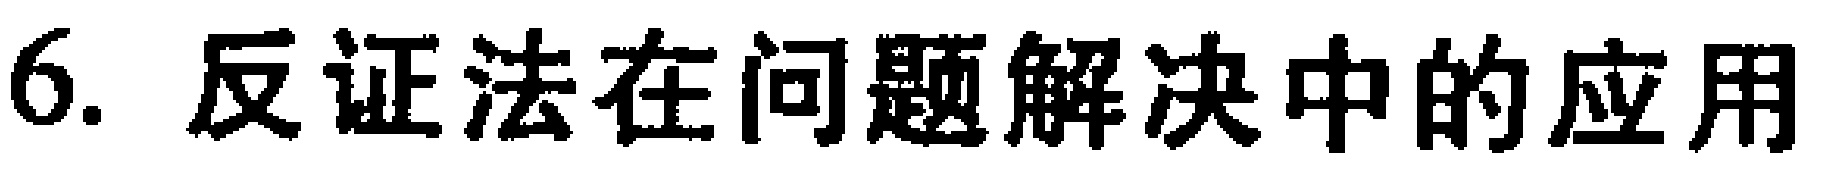
6. 反证法在问题解决中的应用